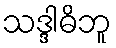
သဒ္ဒါဓိဘူ